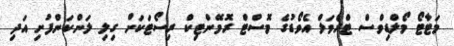
މަޓާޓޯ މޯލްޑިވްސް ޓްރެވަލް އެވޯޑުގެ މޮސްޓް ރޮމޭންޓިކް ރިސޯޓަކަށް ގިލި ލަންކަންފުށި އަދި